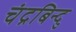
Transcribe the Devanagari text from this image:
चंद्रबिन्दु